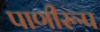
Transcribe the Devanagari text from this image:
पाणीरूप